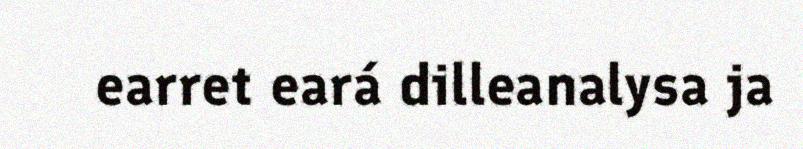
earret eará dilleanalysa ja